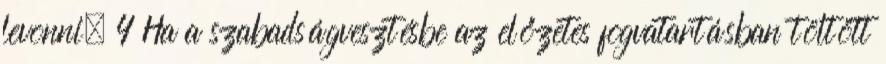
levonni. 4 Ha a szabadságvesztésbe az előzetes fogvatartásban töltött